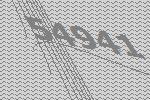
54941